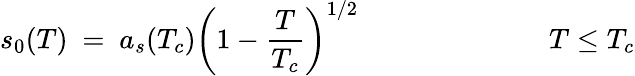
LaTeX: s_{0}(T)~=~a_{s}(T_{c})\left(1-{\frac{T}{T_{c}}}\right)^{1/2}~~~~~~~~~~~~~~~~~~~~~~~~~~~T\leq T_{c}